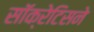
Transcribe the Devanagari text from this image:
सॉक्रेटिसने